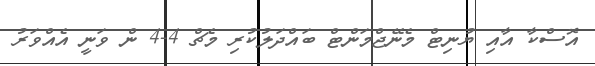
އޮސްކާ އާއި ޔުނިޓް މެނޭޖްމަންޓް ބައްދަލުކުރި މެޗް 4-4 ން ވަނީ އެއްވަރު